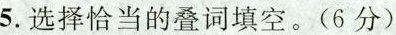
5.选择恰当的叠词填空。(6分)